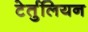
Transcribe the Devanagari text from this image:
टेर्तुलियन